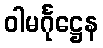
ဝါမင်္ဂုဋ္ဌေန